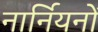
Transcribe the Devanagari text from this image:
नार्नियनों